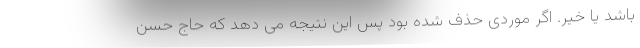
باشد یا خیر. اگر موردی حذف شده بود پس این نتیجه می دهد که حاج حسن